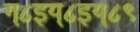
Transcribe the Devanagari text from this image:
ग्८इय्८इय्८९